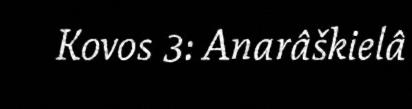
Kovos 3: Anarâškielâ